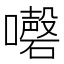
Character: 𡄇